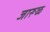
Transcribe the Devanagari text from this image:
जारूळ